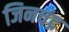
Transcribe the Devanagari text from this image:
जिनचंद्र